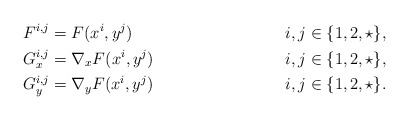
\begin{align*} & F^{i,j}=F(x^i, y^j) \ \ \ \ \ \ \ \ && i,j\in\{1, 2, \star\}, \\ & G_x^{i,j}=\nabla_x F(x^i, y^j) \ \ \ \ \ \ \ \ && i,j\in\{1, 2, \star\}, \\ & G_y^{i,j}=\nabla_y F(x^i, y^j) \ \ \ \ \ \ \ \ && i,j\in\{1, 2, \star\}. \\\end{align*}